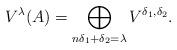
LaTeX: \begin{align*} V^{\lambda}(A) =\bigoplus_{n\delta_1+\delta_2 = \lambda} V^{\delta_1,\delta_2}.\end{align*}